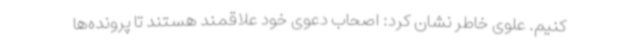
کنیم. علوی خاطر نشان کرد:‌ اصحاب دعوی خود علاقمند هستند تا پرونده‌ها